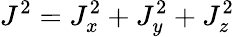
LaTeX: J^{2}=J_{x}^{2}+J_{y}^{2}+J_{z}^{2}